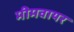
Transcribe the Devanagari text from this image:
मीमवायर